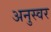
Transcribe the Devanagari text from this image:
अनुस्वर